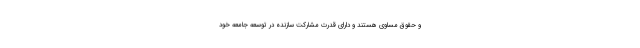
و حقوق مساوی هستند و دارای قدرت مشارکت سازنده در توسعه جامعه خود